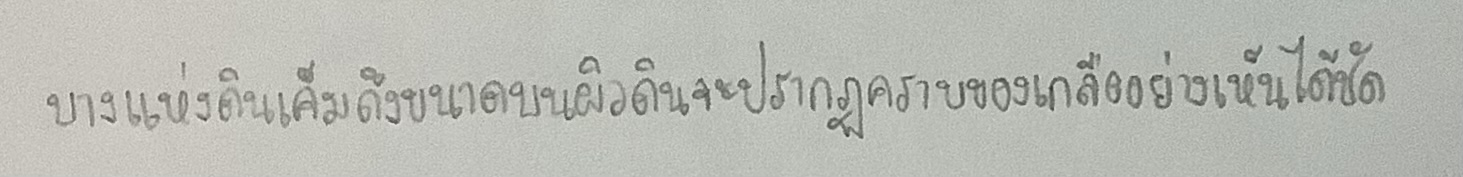
บางแห่งดินเค็มถึงขนาดบนผิวดินจะปรากฏคราบของเกลืออย่างเห็นได้ชัด